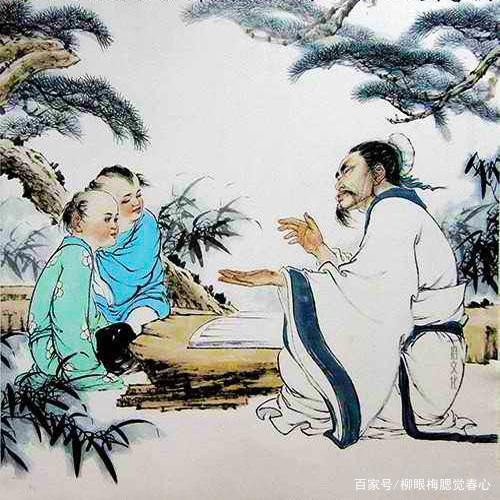
传屐朝寻药，分灯夜读书。